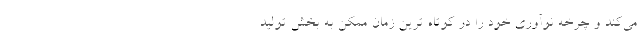
می‌کند و چرخه نوآوری خود را در کوتاه ­ترین زمان ممکن به بخش تولید